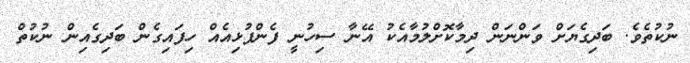
ނުކުތެވެ. ބަދިގެޔަށް ވަންނަން ދިމާކޮށްލުމާއެކު އޭނާ ސިހުނީ ފެންފުޅިއެއް ހިފައިގެން ބަދިގެއިން ނުކުތް